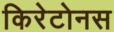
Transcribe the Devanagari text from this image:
किरेटोनस